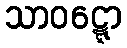
သာဝဋ္ဋော